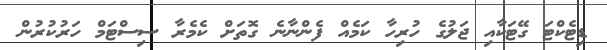
ޑިޓެކްޓަ ގޭޓަކާއި ޖަލުގެ ހުރިހާ ކަމެއް ފެންނާނެ ގޮތަށް ކެމެރާ ސިސްޓަމް ހަރުކުރުން